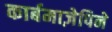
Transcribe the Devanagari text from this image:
कार्बमाज़ेपिने